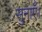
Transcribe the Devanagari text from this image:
सुनाएँ।